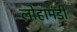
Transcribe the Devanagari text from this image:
लोहामंडी